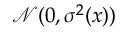
{ \mathcal { N } } ( 0 , \sigma ^ { 2 } ( x ) )